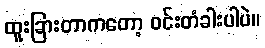
ထူးခြားတာကတော့ ဝင်းတံခါးပါပဲ။